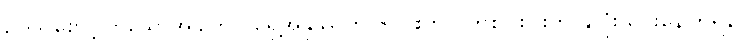
ဥပုသ်စောင့်ကြသောအခါတွင် ရှေ့အနုဿတိ ၆-ပါးတွင် တစ်ပါးပါးကို နှလုံးသွင်းနေကြရန်၊